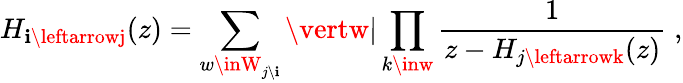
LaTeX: H_{\mathbf{i}\leftarrowj}(z)=\sum_{w\inW_{j\setminus\mathbf{i}}}\vertw\vert\prod_{k\inw}{\frac{{1}}{{z-H_{j\leftarrowk}(z)}}}\; ,